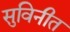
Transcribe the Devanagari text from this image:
सुविनीत